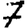
Digit: 7